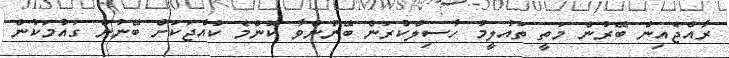
ރާއްޖެއިން ބޭރުން މަތީ ތައުލީމު ހާސިލްކުރަން ބޭނުންވާ ކޮންމެ ކުއްޖަކަށް ބޭނުން ގައުމަކުން